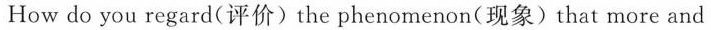
How do you regard(评价) the phenomenon(现象) that more and